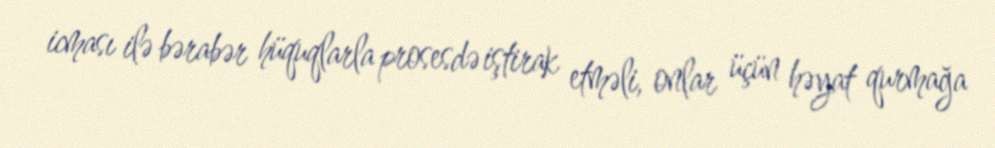
icması ilə bərabər hüquqlarla prosesdə iştirak etməli, onlar üçün həyat qurmağa